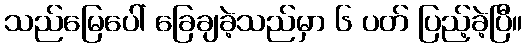
သည်မြေပေါ် ခြေချခဲ့သည်မှာ ၆ ပတ် ပြည့်ခဲ့ပြီ။